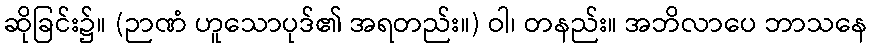
ဆိုခြင်း၌။ (ဉာဏံ ဟူသောပုဒ်၏ အရတည်း။) ဝါ၊ တနည်း။ အဘိလာပေ ဘာသနေ